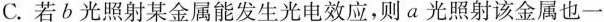
C.若b光照射某金属能发生光电效应，则a光照射该金属也一